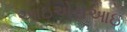
આઇએસઆઇ